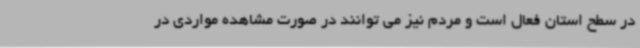
در سطح استان فعال است و مردم نیز می توانند در صورت مشاهده مواردی در